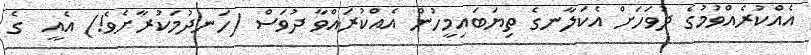
އެއްކުރެއްވުމުގެ ދުވަހަށް އެކަލާނގެ ތިޔަބައިމީހުން އެއްކުރައްވާ ދުވަސް (ހަނދުމަކުރާށެވެ!) އެއީ  ގެ